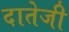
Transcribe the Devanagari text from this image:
दातेजी